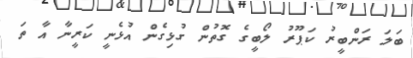
ބަލަ ރަންބީރު ކަޕޫރު ލޯބީގެ ގޮތުން ގުޅިގެން އުޅެނީ ކަރީނާ އާ ތަ